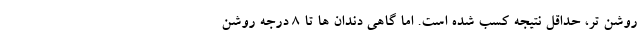
روشن تر، حداقل نتیجه کسب شده است. اما گاهی دندان ها تا ۸ درجه روشن